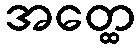
အတ္ထေ